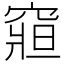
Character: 𥧍